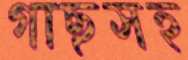
গাছসহ